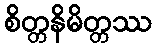
စိတ္တနိမိတ္တဿ